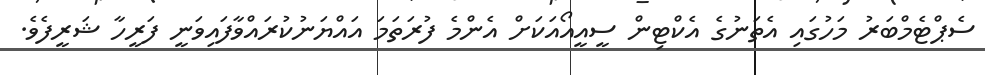
ސެޕްޓެމްބަރު މަހުގައި އެތަނުގެ އެކްޓިން ސީއީއޯއަކަށް އެންމެ ފުރަތަމަ އައްޔަނުކުރައްވާފައިވަނީ ފަރީހާ ޝަރީފެވެ.